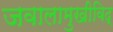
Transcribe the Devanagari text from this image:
जवालामुखीविद्